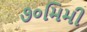
૭૦મિમી